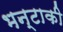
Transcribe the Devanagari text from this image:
भन्टाकी